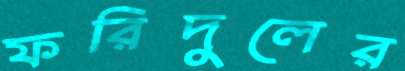
ফরিদুলের